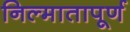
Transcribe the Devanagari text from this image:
निल्मातापूर्ण